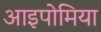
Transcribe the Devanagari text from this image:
आइपोमिया